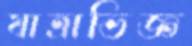
যাত্রাভিজ্ঞ